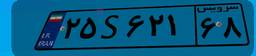
۲۹S۵۰۳۰۴